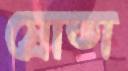
স্রোতা